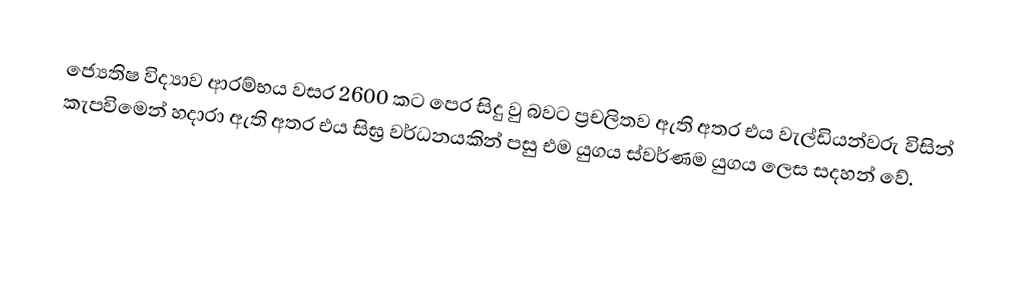
ජ්‍යෙතිෂ විද්‍යාව ආරම්භය වසර 2600 කට පෙර සිදු වු බවට ප්‍රචලිතව ඇති අතර එය වැල්ඩියන්වරු විසින් කැපවිමෙන් හදාරා ඇති අතර එය සිඝ්‍ර වර්ධනයකින් පසු එම යුගය ස්වර්ණම යුගය ලෙස සදහන් වේ.